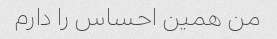
من همین احساس را دارم